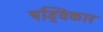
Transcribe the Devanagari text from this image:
षड्विकार